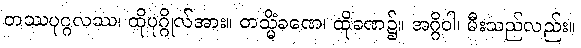
တဿပုဂ္ဂလဿ၊ ထိုပုဂ္ဂိုလ်အား။ တသ္မိံခဏေ၊ ထိုခဏ၌။ အဂ္ဂိဝါ၊ မီးသည်လည်း။